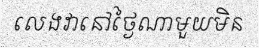
លេងវានៅថ្ងៃណាមួយមិន